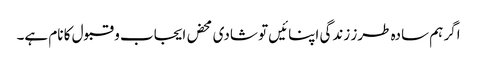
اگر ہم سادہ طرز زندگی اپنائیں تو شادی محض ایجاب و قبول کا نام ہے۔